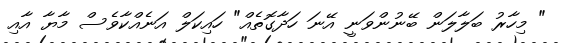
" މިހާރު ބަލާލަން ބޭނުންވަނީ އޭނަ ހަދާގޮތެއް" ހައިކަލް އަނެއްކާވެސް މާޔާ އާއި